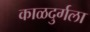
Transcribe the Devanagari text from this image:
काळदुर्गला